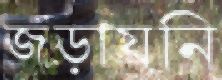
জড়ায়নি